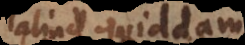
aliud quiddam